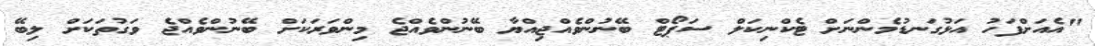
"އެއަށްފަހު އަޅުގަނޑުމެންނަށް ޓެކްނިކަލް ސަޕޯޓް ބޭނުންވެއްޖިއްޔާ ބޭނުންވެއްޖެ މިންވަރަކަށް ބޭނުންވެއްޖެ ވަގުތަކަށް ލިބޭ